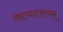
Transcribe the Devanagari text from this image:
नाट्यशास्त्रम्